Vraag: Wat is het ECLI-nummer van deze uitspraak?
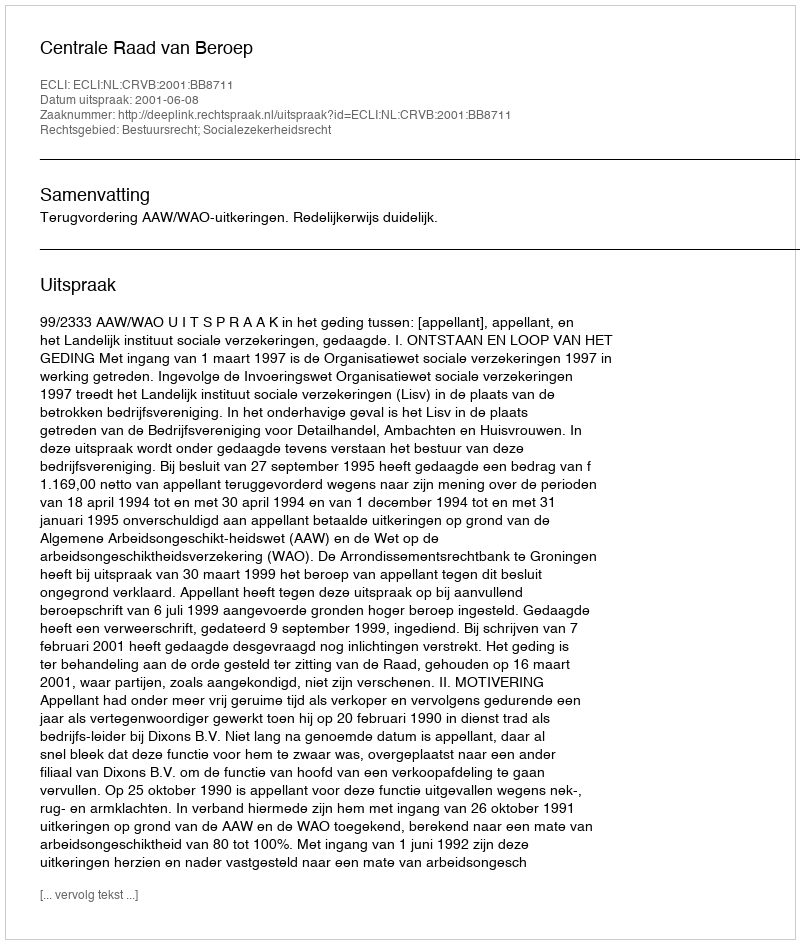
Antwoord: ECLI:NL:CRVB:2001:BB8711